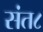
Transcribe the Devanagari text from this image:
संत८